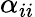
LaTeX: \alpha_{ii}